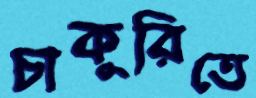
চাকুরিতে